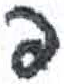
אות: פ